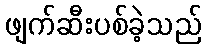
ဖျက်ဆီးပစ်ခဲ့သည်